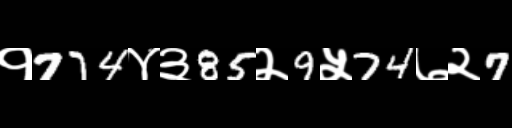
Text: १774४३85२9५74७२7